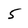
Character: 5